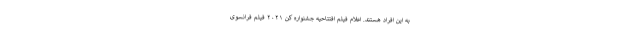
به این افراد هستند. اعلام فیلم افتتاحیه جشنواره کن ۲۰۲۱ فیلم فرانسوی